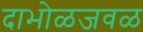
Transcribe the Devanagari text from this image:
दाभोळजवळ